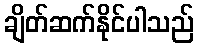
ချိတ်ဆက်နိုင်ပါသည်